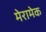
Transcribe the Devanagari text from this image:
मेरामेक